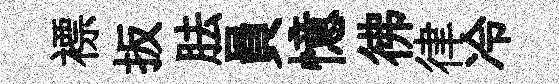
褾扳胠員憶彿律冷